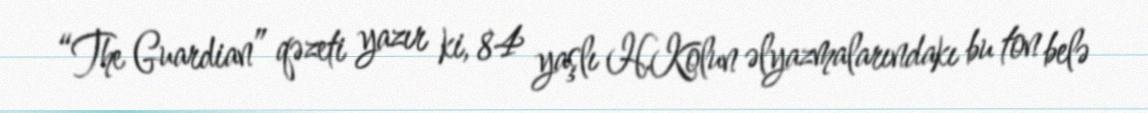
“The Guardian” qəzeti yazır ki, 84 yaşlı H.Kolun əlyazmalarındakı bu ton belə